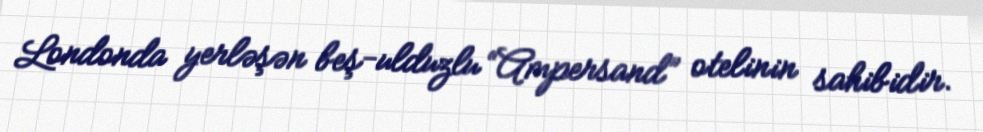
Londonda yerləşən beş-ulduzlu “Ampersand” otelinin sahibidir.